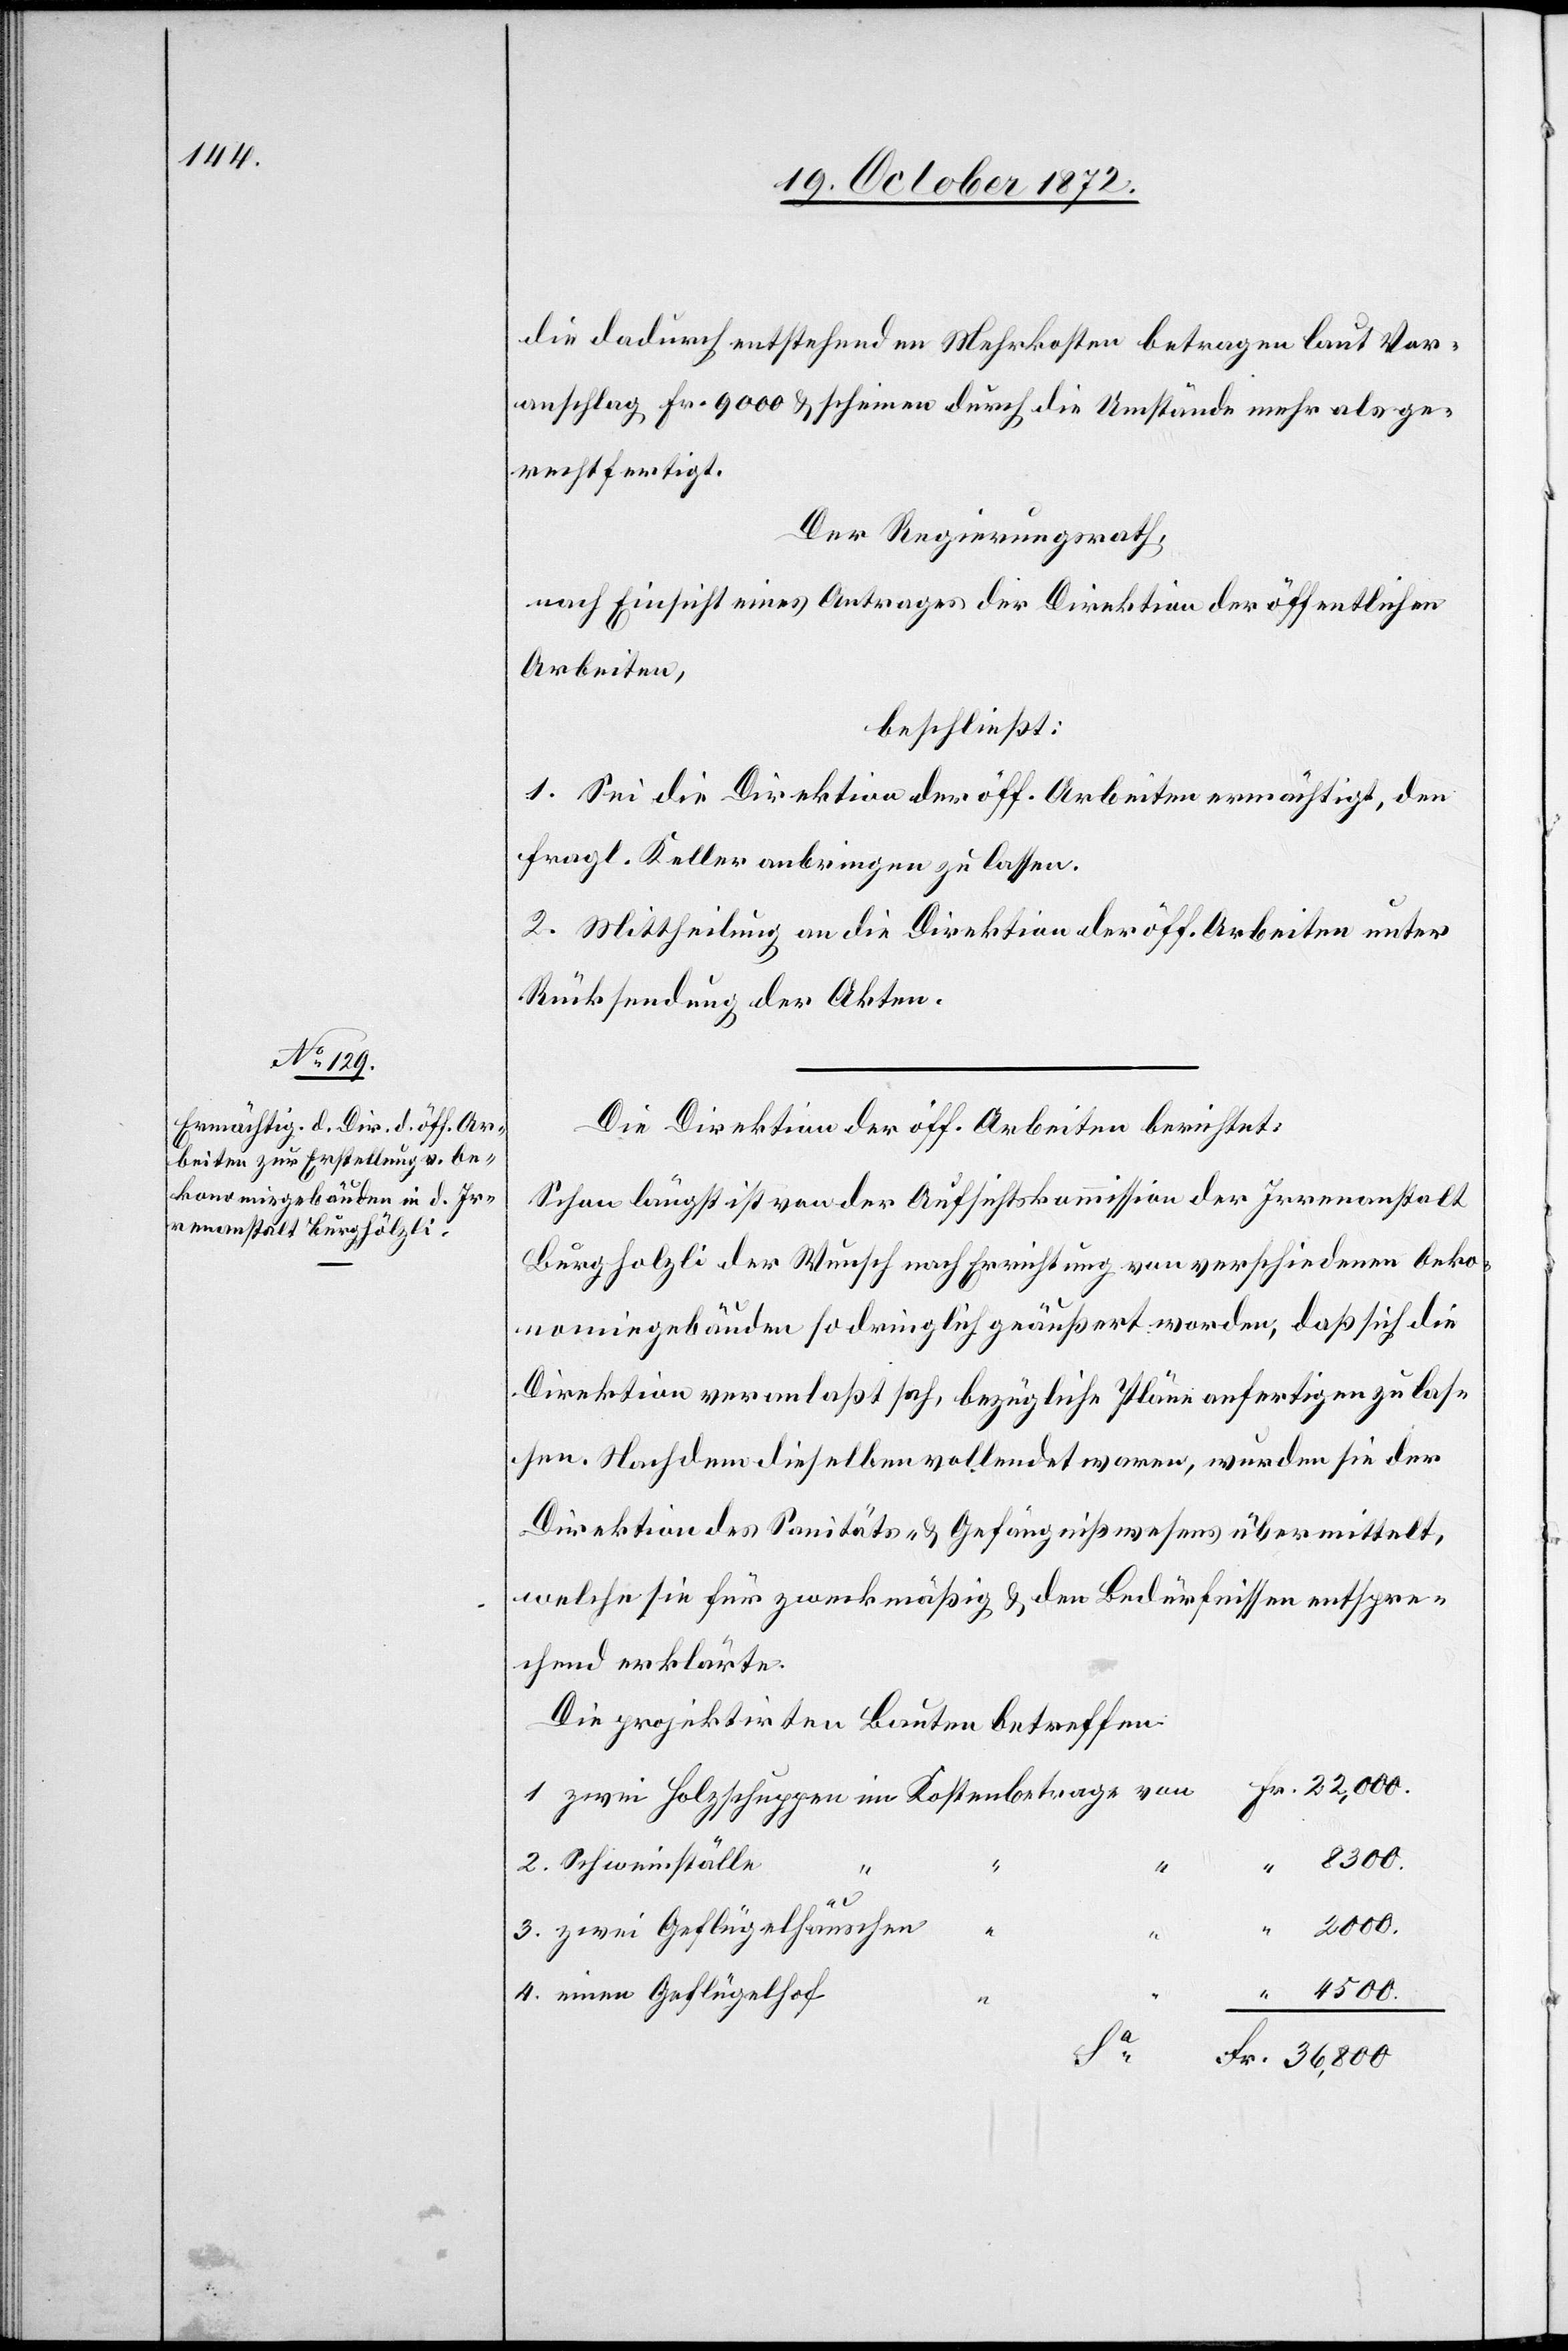
die dadurch entstehenden Mehrkosten betragen laut Vor¬
anschlag Fr. 9000 u. scheinen durch die Umstände mehr als ge¬
rechtfertigt.
Der Regierungsrath,
nach Einsicht eines Antrages der Direktion der öffentlichen
Arbeiten,
beschließt:
1. Sei die Direktion der öff. Arbeiten ermächtigt, den
fragl. Keller anbringen zu lassen.
2. Mittheilung an die Direktion der öff. Arbeiten unter
Rücksendung der Akten.
Die Direktion der öff. Arbeiten berichtet:
Schon längst ist von der Aufsichtskommission der Irrenanstalt
Burghölzli der Wunsch nach Errichtung von verschiedenen Oeko¬
nomiegebäuden so dringlich geäußert worden, daß sich die
Direktion veranlaßt sah, bezügliche Pläne anfertigen zu las¬
sen. Nachdem dieselben vollendet waren, wurden sie der
Direktion des Sanitäts- u. Gefängnißwesens übermittelt,
welche sie für zweckmäßig u. den Bedürfnissen entspre¬
chend erklärte.
Die projektirten Bauten betreffen:
2. Schweinställe
3. zwei Geflügelhäuschen
1.
4. einen Geflügelhof
Fr.